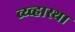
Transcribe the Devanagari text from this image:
व्य्व्हास्था